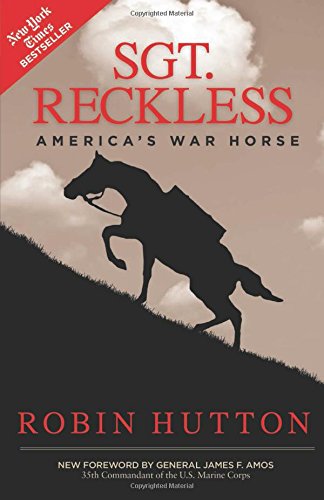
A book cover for Sgt. Reckless: America's War Horse; Robin Hutton; Crafts, Hobbies & Home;